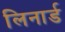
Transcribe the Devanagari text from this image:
लिनार्ड